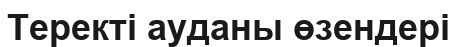
Теректі ауданы өзендері